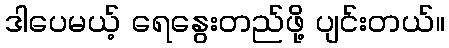
ဒါပေမယ့် ရေနွေးတည်ဖို့ ပျင်းတယ်။